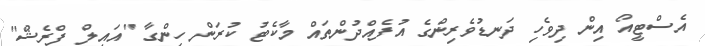
އެސްޓީއޯ އިން ދިވެހި ދަނޑުވެރިންގެ އުފެއްދުންތައް މާކެޓު ކުރަން ހިންގާ "އައިލް ފްރެޝް"